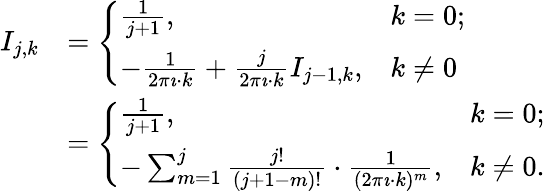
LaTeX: {\begin{array}{rl}{I_{j,k}}&{={\left\{ \begin{array}{ll}{{\frac{1}{j+1}},}&{k=0;}\\ {-{\frac{1}{2\pi\imath\cdot k}}+{\frac{j}{2\pi\imath\cdot k}}I_{j-1,k},}&{k\neq 0}\end{array}\right.}}\\ &{={\left\{ \begin{array}{ll}{{\frac{1}{j+1}},}&{k=0;}\\ {-\sum_{m=1}^{j}{\frac{j!}{(j+1-m)!}}\cdot{\frac{1}{(2\pi\imath\cdot k)^{m}}},}&{k\neq 0.}\end{array}\right.}}\end{array}}